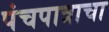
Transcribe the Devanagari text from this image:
पंचपात्राचा